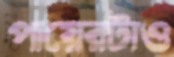
পায়েরটাও